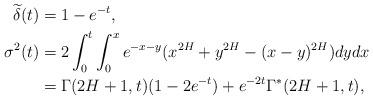
LaTeX: \begin{align*}\widetilde{\delta}(t)&=1-e^{-t}, \\\sigma^2(t)&=2\int_{0}^{t}\int_{0}^{x}e^{-x-y}(x^{2H}+y^{2H}-(x-y)^{2H})dydx\\&=\Gamma(2H+1,t)(1-2e^{-t})+e^{-2t}\Gamma^*(2H+1,t),\end{align*}